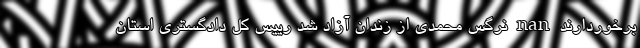
برخوردارند nan نرگس محمدی از زندان آزاد شد رییس کل دادگستری استان